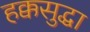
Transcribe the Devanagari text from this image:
हक्कसुद्धा